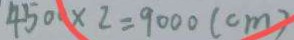
4 5 0 0 \times 2 = 9 0 0 0 ( c m )